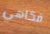
فكاهي